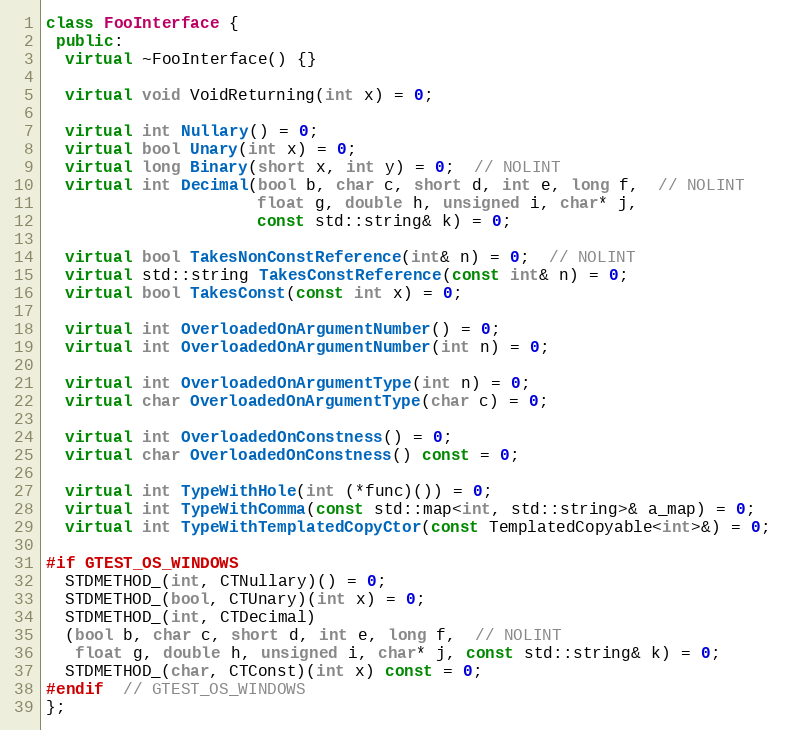
Language: C++
class FooInterface {
 public:
  virtual ~FooInterface() {}

  virtual void VoidReturning(int x) = 0;

  virtual int Nullary() = 0;
  virtual bool Unary(int x) = 0;
  virtual long Binary(short x, int y) = 0;  // NOLINT
  virtual int Decimal(bool b, char c, short d, int e, long f,  // NOLINT
                      float g, double h, unsigned i, char* j,
                      const std::string& k) = 0;

  virtual bool TakesNonConstReference(int& n) = 0;  // NOLINT
  virtual std::string TakesConstReference(const int& n) = 0;
  virtual bool TakesConst(const int x) = 0;

  virtual int OverloadedOnArgumentNumber() = 0;
  virtual int OverloadedOnArgumentNumber(int n) = 0;

  virtual int OverloadedOnArgumentType(int n) = 0;
  virtual char OverloadedOnArgumentType(char c) = 0;

  virtual int OverloadedOnConstness() = 0;
  virtual char OverloadedOnConstness() const = 0;

  virtual int TypeWithHole(int (*func)()) = 0;
  virtual int TypeWithComma(const std::map<int, std::string>& a_map) = 0;
  virtual int TypeWithTemplatedCopyCtor(const TemplatedCopyable<int>&) = 0;

#if GTEST_OS_WINDOWS
  STDMETHOD_(int, CTNullary)() = 0;
  STDMETHOD_(bool, CTUnary)(int x) = 0;
  STDMETHOD_(int, CTDecimal)
  (bool b, char c, short d, int e, long f,  // NOLINT
   float g, double h, unsigned i, char* j, const std::string& k) = 0;
  STDMETHOD_(char, CTConst)(int x) const = 0;
#endif  // GTEST_OS_WINDOWS
};